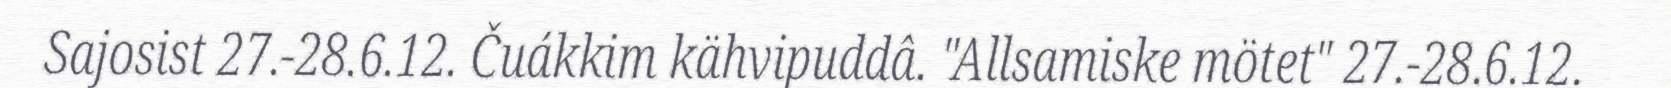
Sajosist 27.-28.6.12. Čuákkim kähvipuddâ. "Allsamiske mötet" 27.-28.6.12.